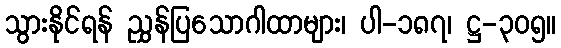
သွားနိုင်ရန် ညွှန်ပြသောဂါထာများ၊ ပါ-၁၈၇၊ ဋ္ဌ-၃၀၅။